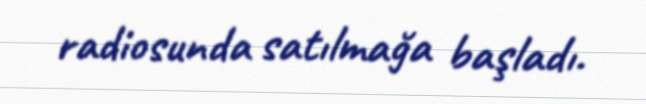
radiosunda satılmağa başladı.